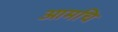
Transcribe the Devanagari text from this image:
आमचि